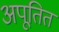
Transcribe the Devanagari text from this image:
अपूतित